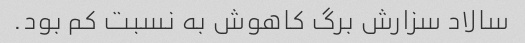
سالاد سزارش برگ کاهوش به نسبت کم بود.